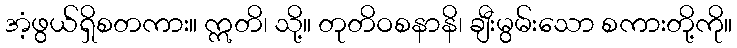
အံ့ဖွယ်ရှိစတကား။ ဣတိ၊ သို့။ တုတိဝစနာနိ၊ ချီးမွမ်းသော စကားတို့ကို။